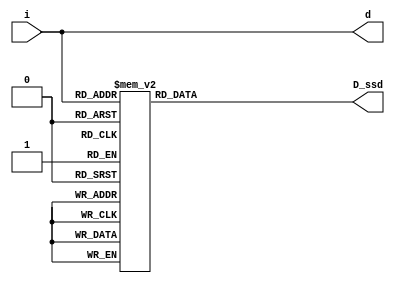
`timescale 1ns / 1ps
`define SS_0 8'b00000011
`define SS_1 8'b10011111
`define SS_2 8'b00100101
`define SS_3 8'b00001101
`define SS_4 8'b10011001
`define SS_5 8'b01001001
`define SS_6 8'b01000001
`define SS_7 8'b00011111
`define SS_8 8'b00000001
`define SS_9 8'b00001001
`define SS_F 8'b01110001
//////////////////////////////////////////////////////////////////////////////////
// Company: 
// Engineer: 
// 
// Design Name: 
// Module Name: lab02_2
// Project Name: 
// Target Devices: 
// Tool Versions: 
// Description: 
// 
// Dependencies: 
// 
// Revision:
// Revision 0.01 - File Created
// Additional Comments:
// 
//////////////////////////////////////////////////////////////////////////////////


module lab02_2(
    input  [3:0] i,
    output [3:0] d,
    output reg [7:0] D_ssd
    );
    
    assign d[0] = i[0];
    assign d[1] = i[1];
    assign d[2] = i[2];
    assign d[3] = i[3];
    always@*
        case(i)
         4'd0 : D_ssd = `SS_0;
         4'd1 : D_ssd = `SS_1;
         4'd2 : D_ssd = `SS_2;
         4'd3 : D_ssd = `SS_3;
         4'd4 : D_ssd = `SS_4;
         4'd5 : D_ssd = `SS_5;
         4'd6 : D_ssd = `SS_6;
         4'd7 : D_ssd = `SS_7;
         4'd8 : D_ssd = `SS_8;
         4'd9 : D_ssd = `SS_9;
         default : D_ssd = `SS_F;
        endcase

    
endmodule